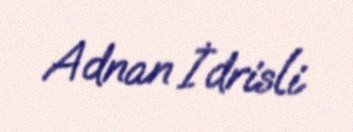
Adnan İdrisli